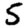
Digit: 5